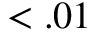
< . 0 1